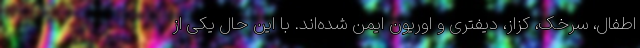
اطفال، سرخک، کزاز، دیفتری و اوریون ایمن شده‌اند. با این حال یکی از